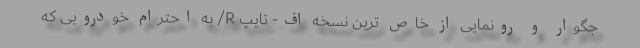
جگوار و رونمایی از خاص ترین نسخه اف- تایپ R/ به احترام خودرویی که